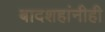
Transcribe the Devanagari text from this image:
बादशहांनीही